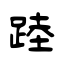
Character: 踛